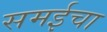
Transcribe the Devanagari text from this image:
समईचा